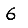
Digit: 6